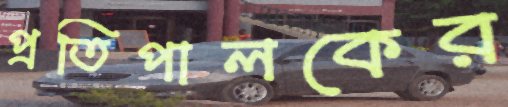
প্রতিপালকের